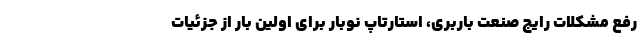
رفع مشکلات رایج صنعت باربری، استارتاپ نوبار برای اولین بار از جزئیات